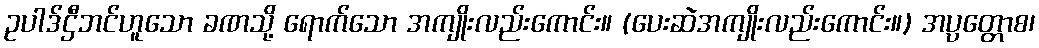
ဥပါဒ်ဌီဘင်ဟူသော ခဏသို့ ရောက်သော အကျိုးလည်းကောင်း။ (ပေးဆဲအကျိုးလည်းကောင်း။) အပ္ပတ္တောစ၊